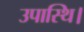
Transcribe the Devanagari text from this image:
उपास्थि।